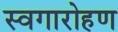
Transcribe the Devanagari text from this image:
स्वगारोहण